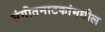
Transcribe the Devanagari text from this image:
संगीतनाटकांमधील